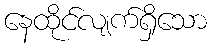
နေထိုင်လျက်ရှိသော